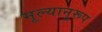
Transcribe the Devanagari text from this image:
मूल्यानुरूप